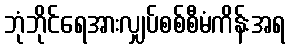
ဘုံဘိုင်ရေအားလျှပ်စစ်စီမံကိန်းအရ